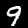
Digit: 9